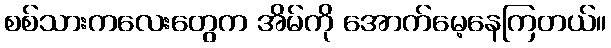
စစ်သားကလေးတွေက အိမ်ကို အောက်မေ့နေကြတယ်။